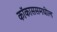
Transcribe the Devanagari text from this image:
कॉकाससमधील